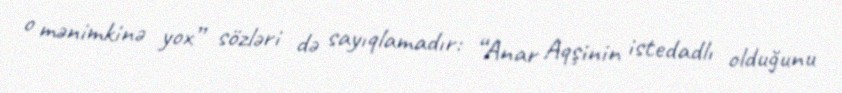
o mənimkinə yox” sözləri də sayıqlamadır: “Anar Aqşinin istedadlı olduğunu